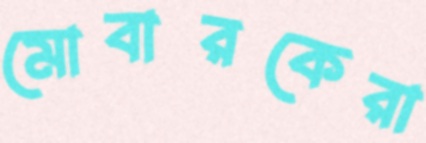
মোবারকেরা